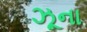
ઝૂના